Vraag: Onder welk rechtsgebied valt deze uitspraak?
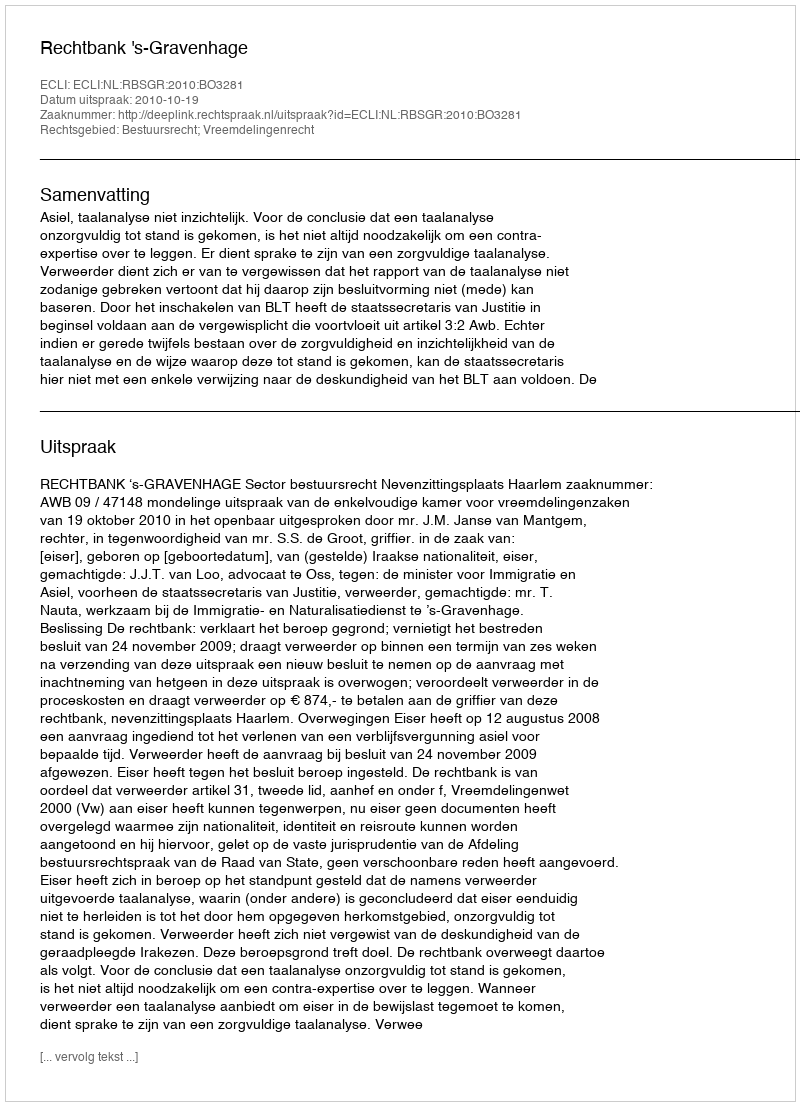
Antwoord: Bestuursrecht; Vreemdelingenrecht